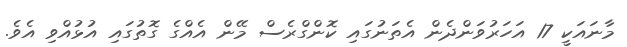
މާނައަކީ 17 އަހަރުވަންދެން އެތަނުގައި ކޮންގްރެސް މޭން އެއްގެ ގޮތުގައި އުޅުއްވި އެވެ.